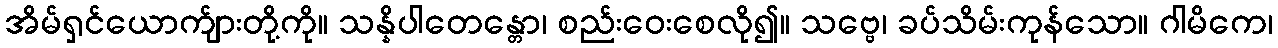
အိမ်ရှင်ယောက်ျားတို့ကို။ သန္နိပါတေန္တော၊ စည်းဝေးစေလို၍။ သဗ္ဗေ၊ ခပ်သိမ်းကုန်သော။ ဂါမိကေ၊